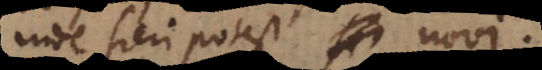
inde fieri potest novi.